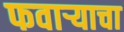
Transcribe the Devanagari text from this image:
फवाऱ्याचा